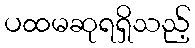
ပထမဆုရရှိသည့်